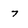
Character: 7